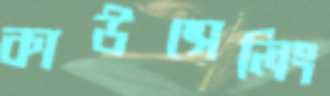
কাউন্সেলিং